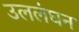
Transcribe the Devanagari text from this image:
उललंघन